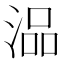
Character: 𰜗